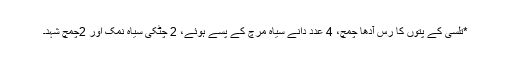
*تلسی کے پتوں کا رس آدھا چمچ، 4 عدد دانے سیاہ مرچ کے پسے ہوئے، 2 چٹکی سیاہ نمک اور 2چمچ شہد۔